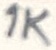
Text: 1K